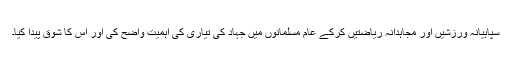
سپاہیانہ ورزشیں اور مجاہدانہ ریاضتیں کرکے عام مسلمانوں میں جہاد کی تیاری کی اہمیت واضح کی اور اس کا شوق پیدا کیا۔